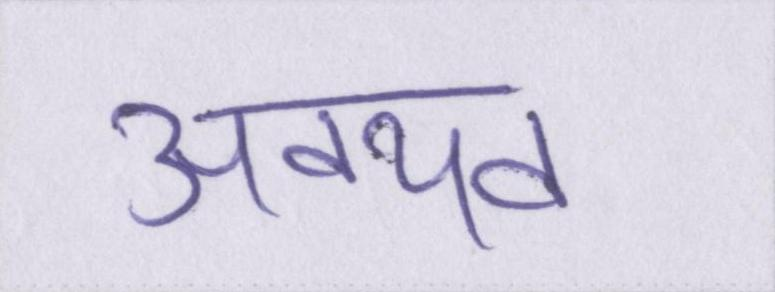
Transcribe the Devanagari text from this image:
अवयव